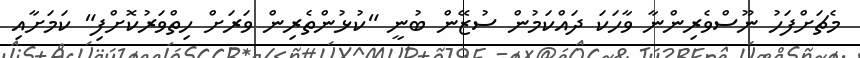
މެޗަށްފަހު ނޫސްވެރިންނާ ވާހަކަ ދައްކަމުން ސުޒޭން ބުނީ "ކުޅުންތެރިން ވަރަށް ހިތްވަރުކޮށްފި" ކަމަށާއި